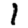
Digit: 1